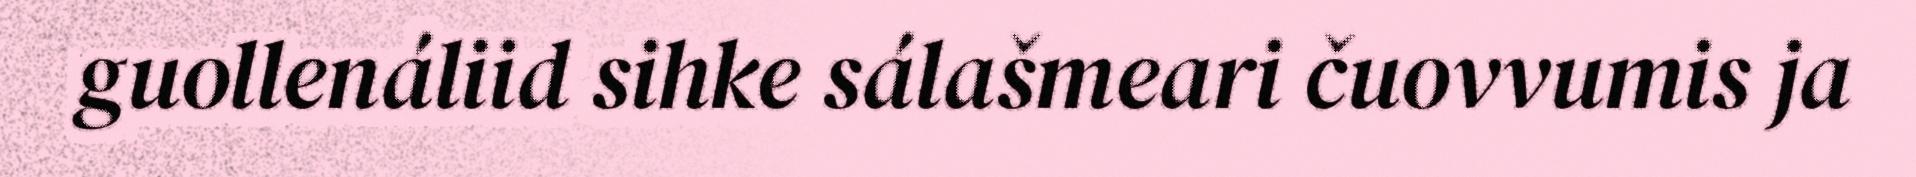
guollenáliid sihke sálašmeari čuovvumis ja